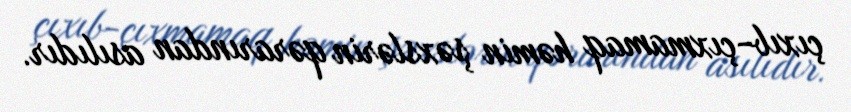
çıxıb-çıxmamaq həmin şəxslərin qərarından asılıdır.